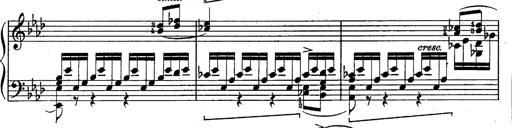
Title: Schubert's Impromptus [revised and edited by Franz Liszt]
Composer: Franz Liszt